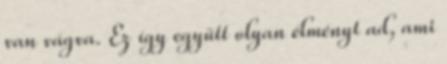
van vágva. Ez így együtt olyan élményt ad, ami